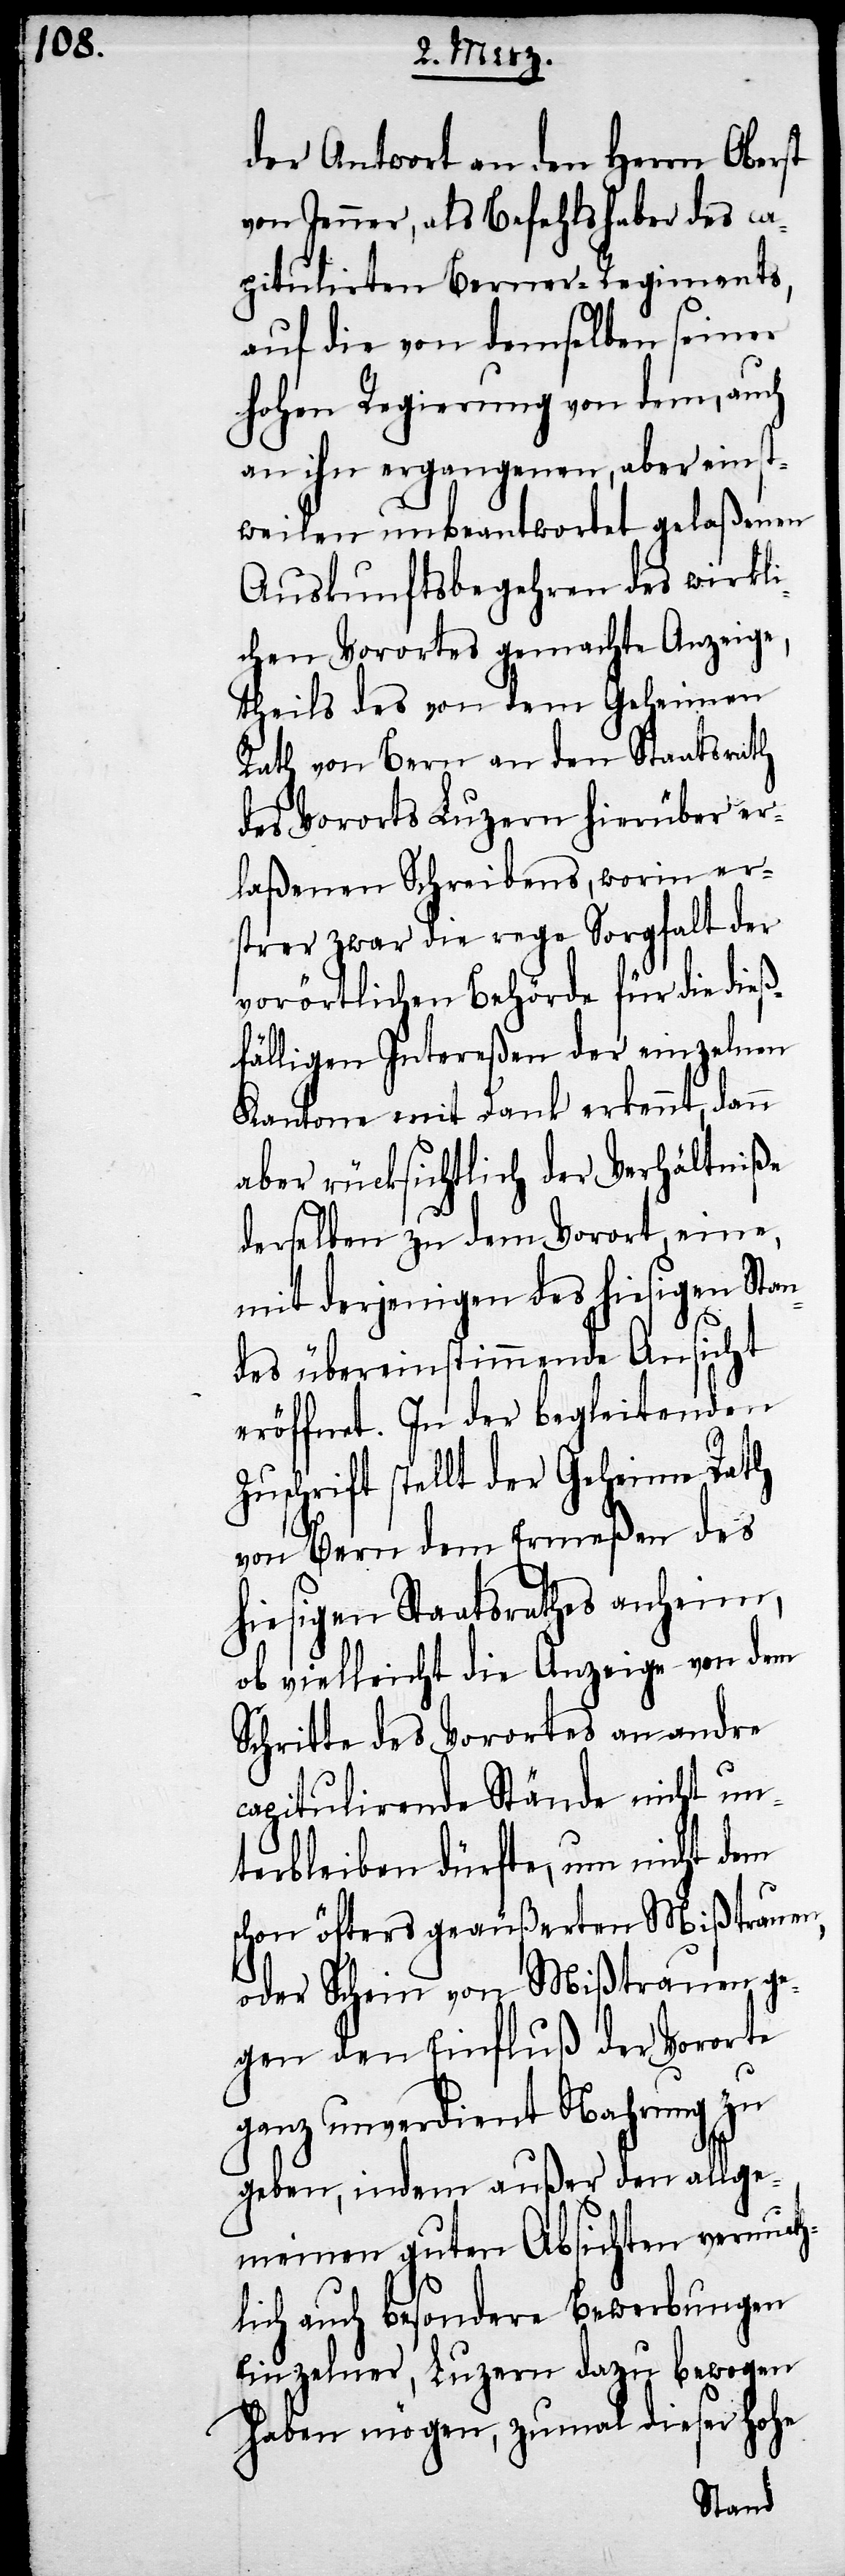
der Antwort an den Herrn Oberst
von Jenner, als Befehlshaber des ca¬
pitulirten Berner-Regiments,
auf die von demselben seiner
hohen Regierung von dem, auch
an ihn ergangenen, aber einst¬
weilen unbeantwortet gelaßenen
Auskunftsbegehren des wirkli¬
chen Vorortes gemachte Anzeige,
theils des von dem Geheimen
Rath von Bern an den Staatsrath
des Vororts Luzern hierüber er¬
laßenen Schreibens, worin er¬
strer zwar die rege Sorgfalt der
vorörtlichen Behörde für die dieß¬
fälligen Intereßen der einzelnen
Kantone mit Dank erkennt, dann
aber rücksichtlich der Verhältniße
derselben zu dem Vorort, eine,
mit derjenigen des hiesigen Stan¬
des übereinstimmende Ansicht
eröffnet. In der begleitenden
Zuschrift stellt der Geheime Rath
von Bern dem Ermeßen des
hiesigen Staatsrathes anheim,
ob vielleicht die Anzeige von dem
Schritte des Vorortes an andre
capitulirende Stände nicht un¬
terbleiben dürfte, um nicht dem
schon öfters geäußerten Mißtrauen,
oder Schein von Mißtrauen ge¬
gen den Einfluß der Vororte
ganz unverdient Nahrung zu
geben, indem außer den allge¬
meinen guten Absichten vermuth¬
lich auch besondere Bewerbungen
Einzelner, Luzern dazu bewogen
haben mögen, zumal dieser hohe